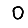
Digit: 0